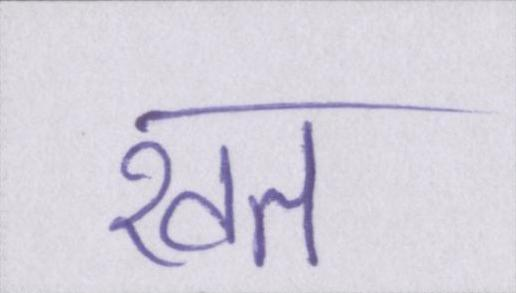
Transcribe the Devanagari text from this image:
खत